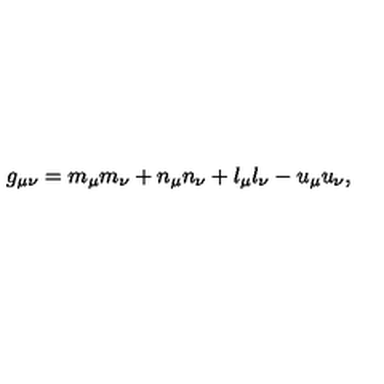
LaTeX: g _ { \mu \nu } = m _ { \mu } m _ { \nu } + n _ { \mu } n _ { \nu } + l _ { \mu } l _ { \nu } - u _ { \mu } u _ { \nu } ,